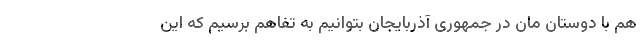
هم با دوستان مان در جمهوری آذربایجان بتوانیم به تفاهم برسیم که این